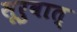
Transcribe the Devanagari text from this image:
सूरुवात्